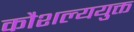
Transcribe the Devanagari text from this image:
कौशल्ययुक्त